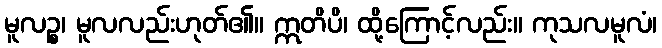
မူလဉ္စ၊ မူလလည်းဟုတ်၏။ ဣတိပိ၊ ထို့ကြောင့်လည်း။ ကုသလမူလံ၊